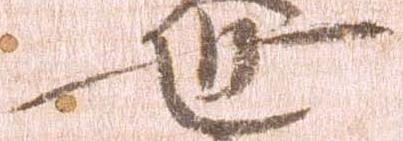
世